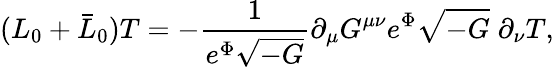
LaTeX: (L_{0}+\bar{L}_{0})T=-\frac{1}{e^{\Phi}\sqrt{-G}}\partial_{\mu}G^{\mu\nu}e^{\Phi}\sqrt{-G}\; \partial_{\nu}T,